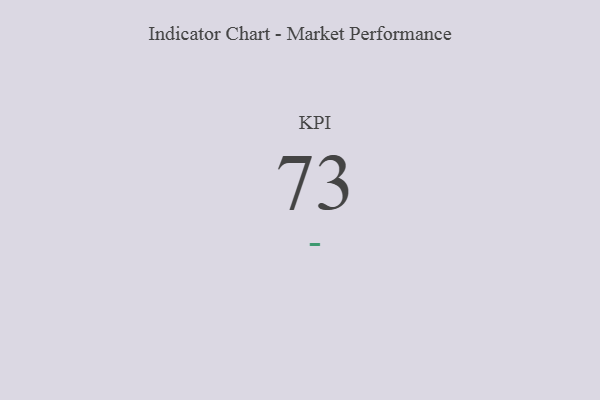
{"axis": {"x": "KPI", "y": "Value"}, "legend": [""], "data": [{"x": "KPI", "y": 73, "type": ""}]}